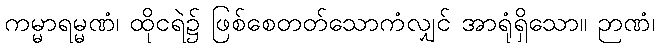
ကမ္မာရမ္မဏံ၊ ထိုငရဲ၌ ဖြစ်စေတတ်သောကံလျှင် အာရုံရှိသော။ ဉာဏံ၊